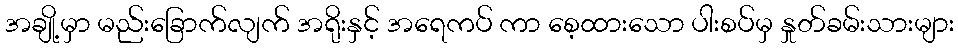
အချို့မှာ မည်းခြောက်လျက် အရိုးနှင့် အရေကပ် ကာ စေ့ထားသော ပါးစပ်မှ နှုတ်ခမ်းသားများ